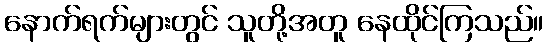
နောက်ရက်များတွင် သူတို့အတူ နေထိုင်ကြသည်။